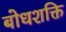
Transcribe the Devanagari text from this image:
बोधशक्ति